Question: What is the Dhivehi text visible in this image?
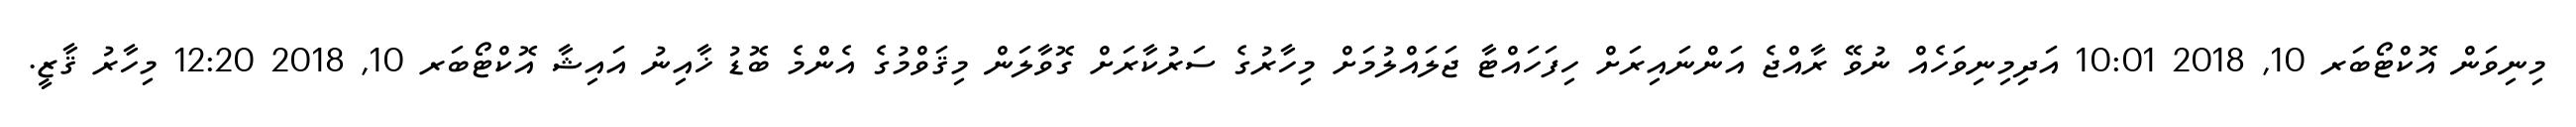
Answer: މިނިވަން އޮކްޓޯބަރ 10, 2018 10:01 އަދިމިނިވަހެއް ނުވޭ ރާއްޖެ އަންނައިރަށް ހިފަހައްޓާ ޖަލައްލުމަށް މިހާރުގެ ސަރުކާރަށް ގޮވާލަން މިޤަވްމުގެ އެންމެ ބޮޑު ޚާއިނު އައިޝާ އޮކްޓޯބަރ 10, 2018 12:20 މިހާރު ޤާޒީ.